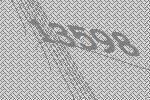
13598